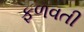
ફળવતી